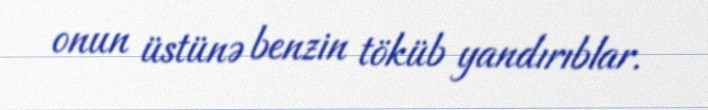
onun üstünə benzin töküb yandırıblar.